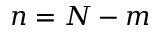
n = N - m